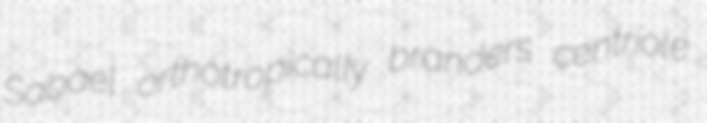
Sabael orthotropically branders centriole